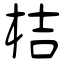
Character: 桔